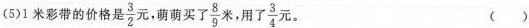
(5)1米彩带的价格是\frac{3}{2}元，萌萌买了\frac{8}{9}米，用了\frac{3}{4}元。()